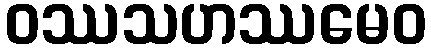
ဝဿသဟဿမေဝ